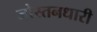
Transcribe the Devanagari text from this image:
जोस्तनधारी